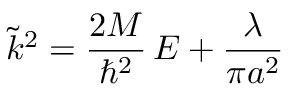
\tilde { k } ^ { 2 } = \frac { 2 M } { \hbar ^ { 2 } } \, E + \frac { \lambda } { \pi a ^ { 2 } } \;